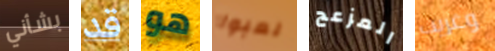
بشأني قد هو لعبوا المزعج وغريب